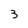
Character: 3